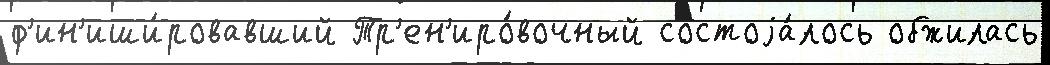
ф'ин'иши́ровавший Тр'ен'иро́вочный состоjа́лось обжилась